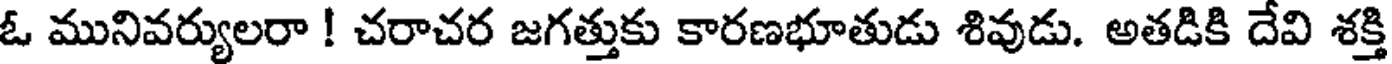
ఓ మునివర్యులరా ! చరాచర జగత్తుకు కారణభూతుడు శివుడు. అతడికి దేవి శక్తి